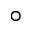
^ { \circ }